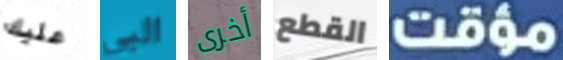
عليك البي أخرى القطع مؤقت